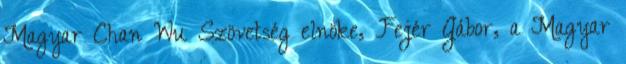
Magyar Chan Wu Szövetség elnöke, Fejér Gábor, a Magyar